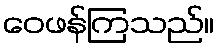
ဝေဖန်ကြသည်။